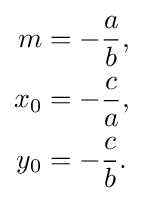
{\begin{aligned}m&=-{\frac {a}{b}},\\x_{0}&=-{\frac {c}{a}},\\y_{0}&=-{\frac {c}{b}}.\end{aligned}}